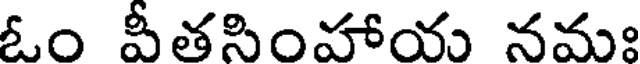
ఓం పీతసింహాయ నమః